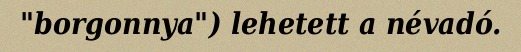
"borgonnya") lehetett a névadó.